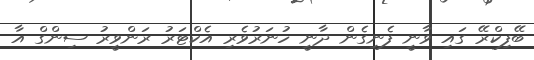
ބޭފިކްރޭ ގައި ވާނީ ފެނިގެން ދާނީ ހުނަރުވެރި އެކްޓަރު ރަންވީރު ސިންގް އާ